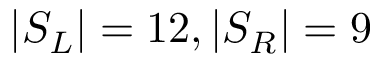
| S _ { L } | = 1 2 , | S _ { R } | = 9